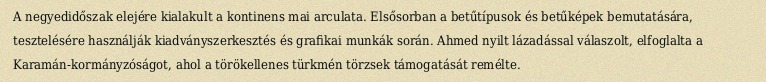
A negyedidőszak elejére kialakult a kontinens mai arculata. Elsősorban a betűtípusok és betűképek bemutatására, tesztelésére használják kiadványszerkesztés és grafikai munkák során. Ahmed nyilt lázadással válaszolt, elfoglalta a Karamán-kormányzóságot, ahol a törökellenes türkmén törzsek támogatását remélte.